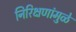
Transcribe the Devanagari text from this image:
निरिक्षणांमुळे